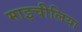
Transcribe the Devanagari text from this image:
माइचीलिया